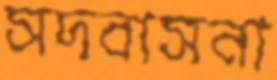
সদবাসনা